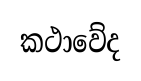
කථාවේද